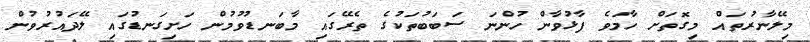
މިލޭނާރުތައް މިގޮތަށް ހާމަވެ ފާޅުވާން ހުންނަ ސަބަބުތަކުގެ ތެރޭގައި މާބަނޑުވުމުން ހަށިގަނޑުގައި ލޭދައުރުވުން